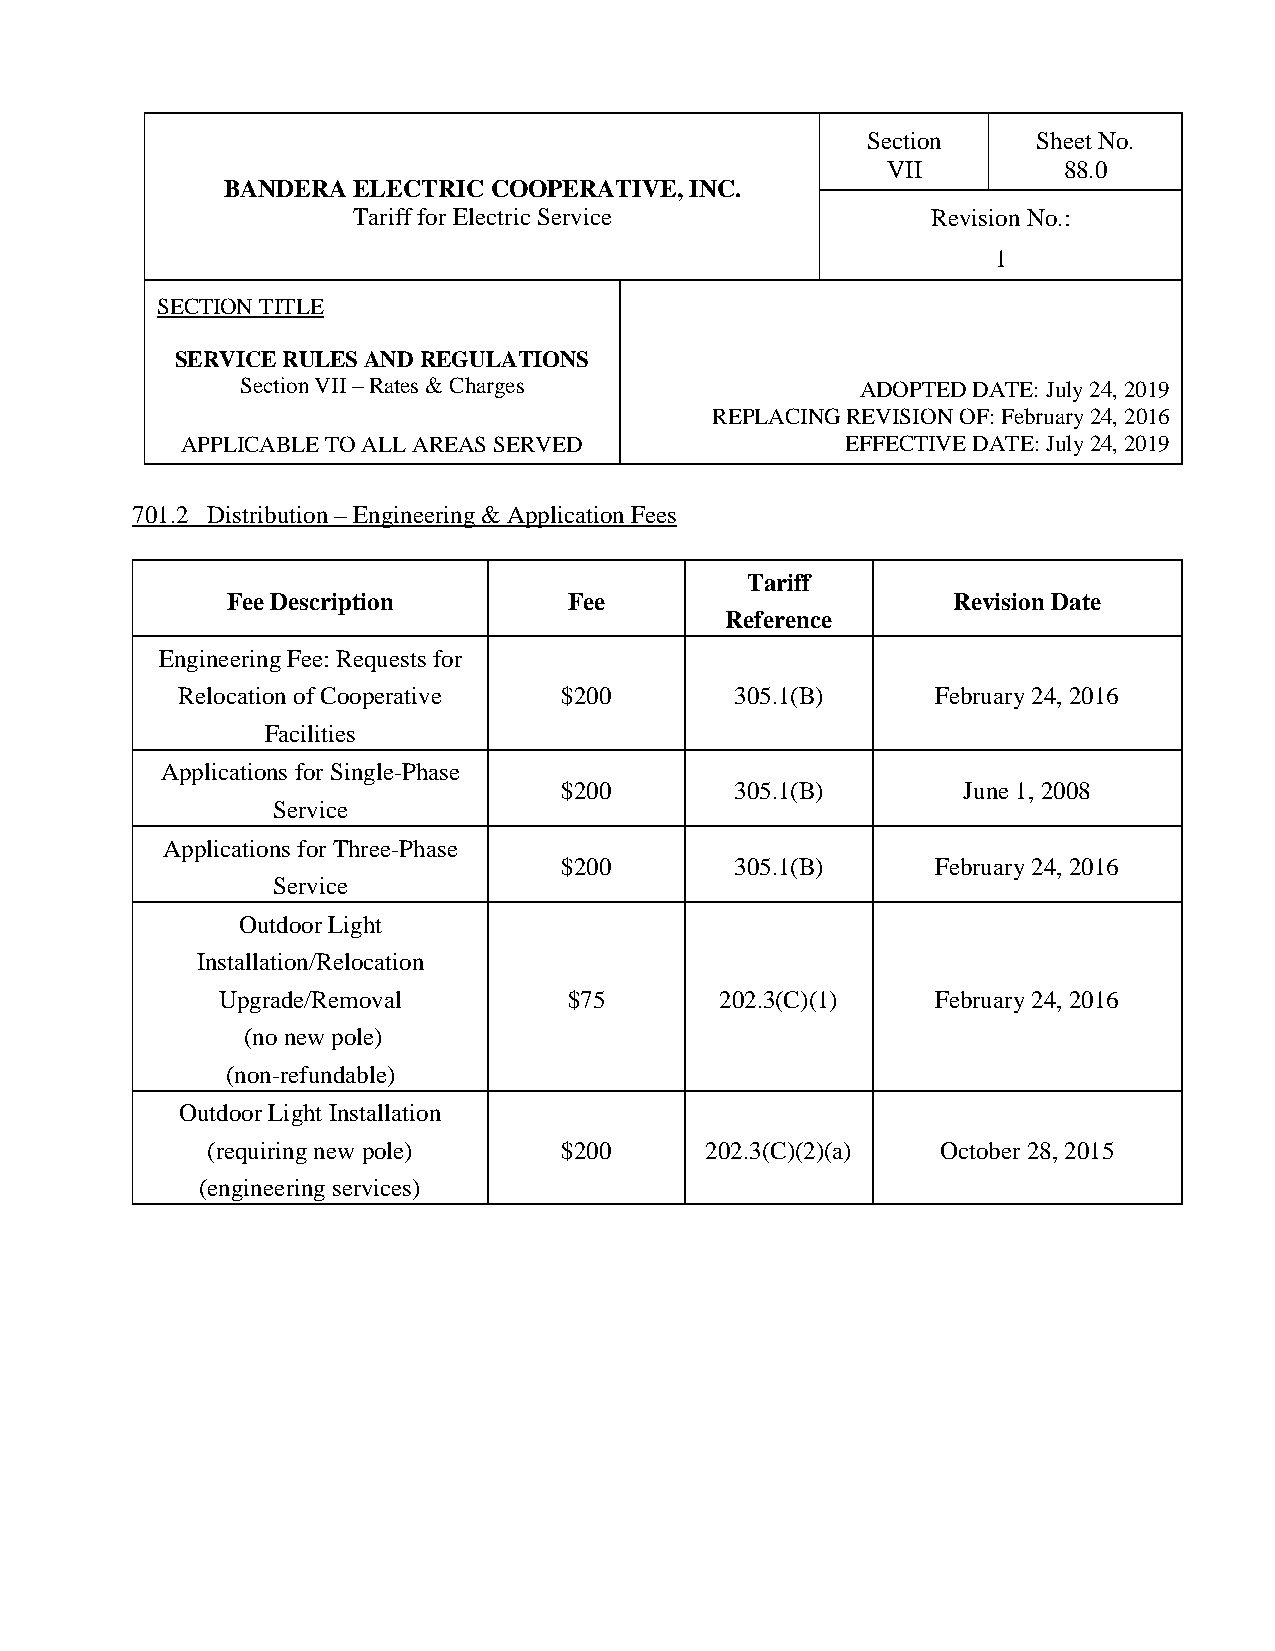
Section     Sheet No.
 VII        88.0
 BANDERA ELECTRIC COOPERATIVE,  INC.
 Tariff for Electric Service            Revision No.:
 1
 SECTION TITLE
 SERVICE RULES AND REGULATIONS
 Section VII – Rates & Charges            ADOPTED DATE: July 24, 2019
 REPLACING REVISION OF: February 24, 2016
 APPLICABLE TO ALL AREAS SERVED              EFFECTIVE DATE: July 24, 2019
 701.2 Distribution – Engineering & Application Fees
 Tariff
 Fee Description        Fee                      Revision Date
 Reference
 Engineering Fee: Requests for
 Relocation of Cooperative $200       305.1(B)     February 24, 2016
 Facilities
 Applications for Single-Phase
 $200        305.1(B)       June 1, 2008
 Service
 Applications for Three-Phase
 $200        305.1(B)     February 24, 2016
 Service
 Outdoor Light
 Installation/Relocation
 Upgrade/Removal         $75       202.3(C)(1)   February 24, 2016
 (no new pole)
 (non-refundable)
 Outdoor Light Installation
 (requiring new pole)   $200      202.3(C)(2)(a) October 28, 2015
 (engineering services)